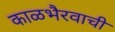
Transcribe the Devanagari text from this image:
काळभैरवाची